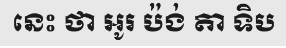
នេះ ថា អូរ ប៉ង់ តា ទិប